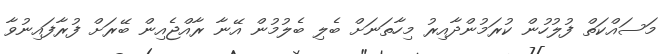
މަސައްކަތް ފުލުހުން ކުރަމުންދާއިރު މިހާތަނަށް ބެލި ބެލުމުން އޭނާ ރާއްޖެއިން ބޭރަށް ފުރާފައިނުވާ